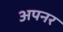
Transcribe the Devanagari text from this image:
अपनर